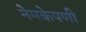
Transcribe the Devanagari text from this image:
नेमकेपणी